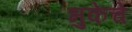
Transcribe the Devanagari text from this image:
भुकेचे